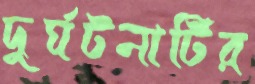
দুর্ঘটনাটির